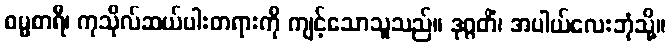
ဓမ္မစာရီ၊ ကုသိုလ်ဆယ်ပါးတရားကို ကျင့်သောသူသည်။ ဒုဂ္ဂတိံ၊ အပါယ်လေးဘုံသို့။